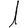
Digit: 1